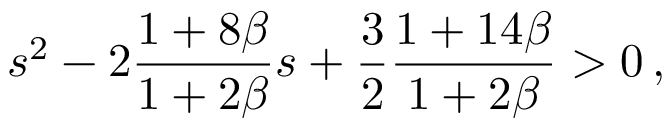
s ^ { 2 } - 2 \frac { 1 + 8 \beta } { 1 + 2 \beta } s + \frac { 3 } { 2 } \frac { 1 + 1 4 \beta } { 1 + 2 \beta } > 0 \, ,